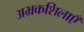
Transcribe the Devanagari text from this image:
अभ्रकशिलाएँ